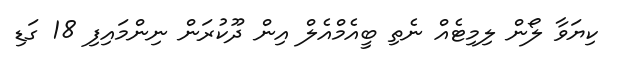
ކިޔަވާ ލޯން ލިމިޓެއް ނެތި ބީއެމްއެލް އިން ދޫކުރަން ނިންމައިފި 18 ގަޑި